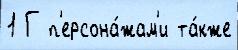
1 Г п'ерсона́жам'и та́кже